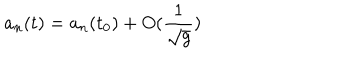
LaTeX: a _ { n } ( t ) = a _ { n } ( t _ { 0 } ) + O ( \frac { 1 } { \sqrt { g } } )